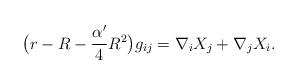
LaTeX: \begin{align*}\big(r-R-\frac{\alpha'}{4}R^2\big)g_{ij}=\nabla_iX_j+\nabla_jX_i.\end{align*}